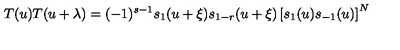
T ( u ) T ( u + \lambda ) = ( - 1 ) ^ { s - 1 } s _ { 1 } ( u + \xi ) s _ { 1 - r } ( u + \xi ) \left[ s _ { 1 } ( u ) s _ { - 1 } ( u ) \right] ^ { N }